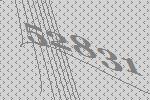
52831